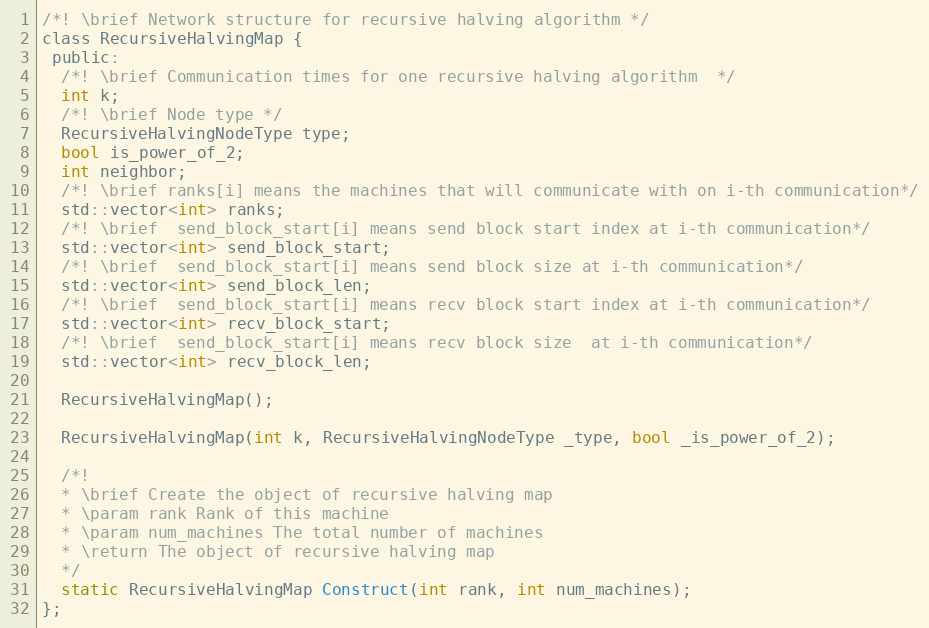
Language: C
/*! \brief Network structure for recursive halving algorithm */
class RecursiveHalvingMap {
 public:
  /*! \brief Communication times for one recursive halving algorithm  */
  int k;
  /*! \brief Node type */
  RecursiveHalvingNodeType type;
  bool is_power_of_2;
  int neighbor;
  /*! \brief ranks[i] means the machines that will communicate with on i-th communication*/
  std::vector<int> ranks;
  /*! \brief  send_block_start[i] means send block start index at i-th communication*/
  std::vector<int> send_block_start;
  /*! \brief  send_block_start[i] means send block size at i-th communication*/
  std::vector<int> send_block_len;
  /*! \brief  send_block_start[i] means recv block start index at i-th communication*/
  std::vector<int> recv_block_start;
  /*! \brief  send_block_start[i] means recv block size  at i-th communication*/
  std::vector<int> recv_block_len;

  RecursiveHalvingMap();

  RecursiveHalvingMap(int k, RecursiveHalvingNodeType _type, bool _is_power_of_2);

  /*!
  * \brief Create the object of recursive halving map
  * \param rank Rank of this machine
  * \param num_machines The total number of machines
  * \return The object of recursive halving map
  */
  static RecursiveHalvingMap Construct(int rank, int num_machines);
};